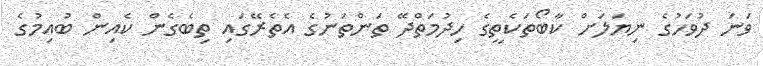
ވަނަ ދުވަހުގެ ނިޔަލަށް ކާބޯތަކެތީގެ ހިދުމަތްދޭ ތަންތަނުގެ އެތެރޭގައި ތިބެގެން ކެއިން ބުއިމުގެ